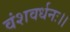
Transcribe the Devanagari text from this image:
वंशवर्धनः।।